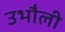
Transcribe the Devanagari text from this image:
उभौली